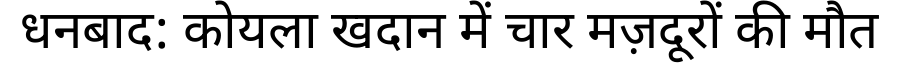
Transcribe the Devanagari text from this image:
धनबाद: कोयला खदान में चार मज़दूरों की मौत